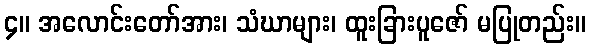
၄။ အလောင်းတော်အား၊ သံဃာများ၊ ထူးခြားပူဇော် မပြုတည်း။